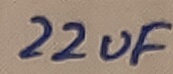
Text: 22uF